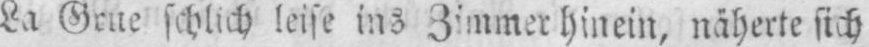
La Grue schlich leise ins Zimmer hinein, näherte sich